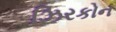
ઝિરકોન